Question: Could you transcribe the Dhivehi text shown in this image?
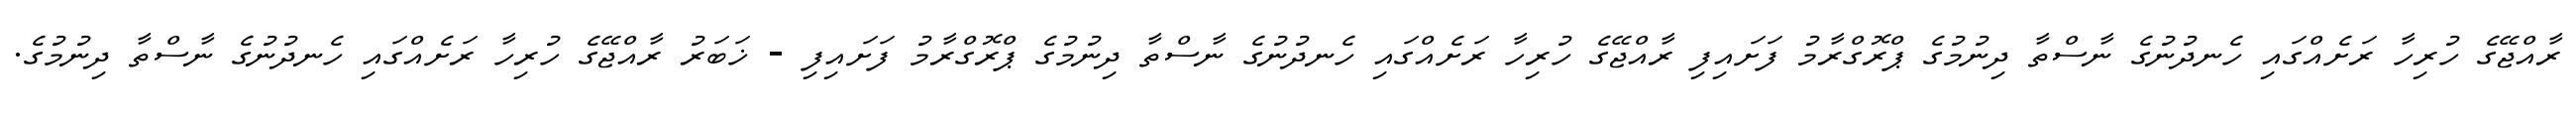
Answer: ރާއްޖޭގެ ހުރިހާ ރަށެއްގައި ހެނދުނުގެ ނާސްތާ ދިނުމުގެ ޕްރޮގްރާމު ފަށައިފި ރާއްޖޭގެ ހުރިހާ ރަށެއްގައި ހެނދުނުގެ ނާސްތާ ދިނުމުގެ ޕްރޮގްރާމު ފަށައިފި - ޚަބަރު ރާއްޖޭގެ ހުރިހާ ރަށެއްގައި ހެނދުނުގެ ނާސްތާ ދިނުމުގެ.